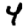
Digit: 4